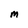
Character: M